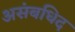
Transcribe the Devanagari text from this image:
असंबधिद